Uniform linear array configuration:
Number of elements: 48
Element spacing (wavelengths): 0.75
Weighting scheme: exponential
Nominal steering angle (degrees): -45
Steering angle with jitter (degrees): -45.453
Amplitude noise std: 0.05
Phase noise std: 0.05

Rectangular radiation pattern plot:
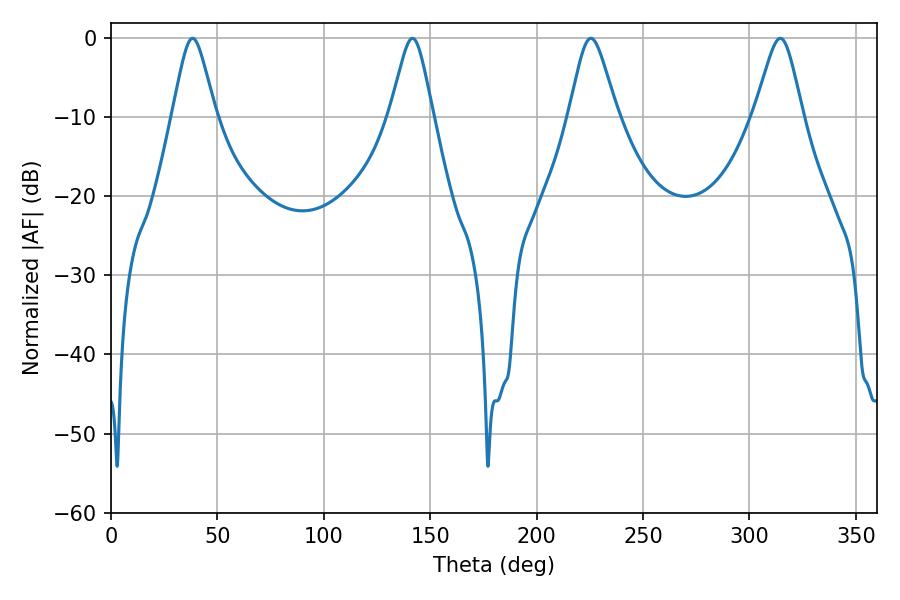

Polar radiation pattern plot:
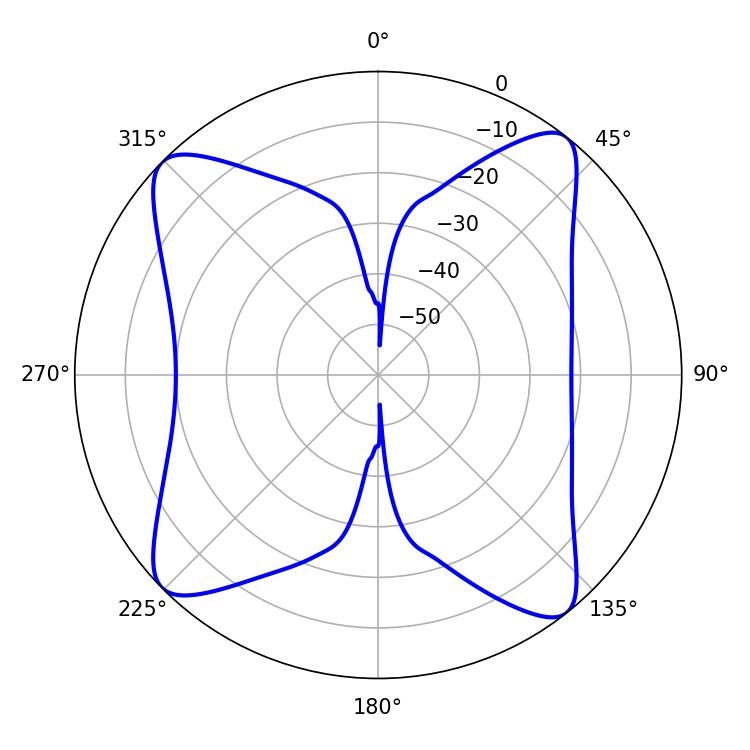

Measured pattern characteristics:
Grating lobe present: TRUE
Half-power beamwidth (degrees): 9.72
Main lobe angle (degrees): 38.34